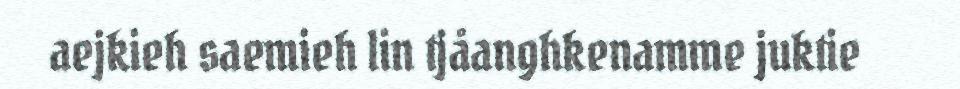
aejkieh saemieh lin tjåanghkenamme juktie